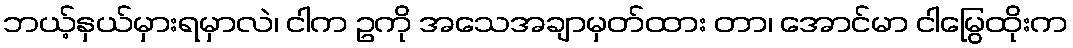
ဘယ့်နှယ်မှားရမှာလဲ၊ ငါက ဥကို အသေအချာမှတ်ထား တာ၊ အောင်မာ ငါမြွေထိုးက